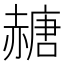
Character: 赯